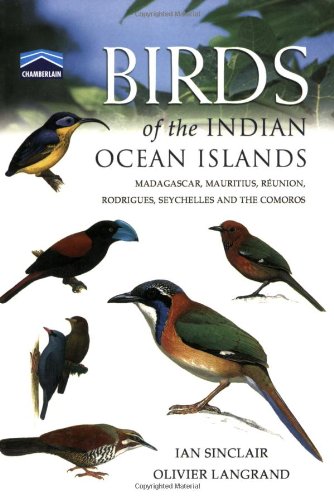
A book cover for Birds of the Indian Ocean Islands: Madagascar, Mauritius, RÃ©union, Rodrigues, Seychelles and the Comoros; Olivier Langrand; Travel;